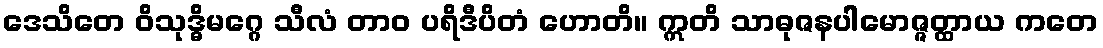
ဒေသိတေ ဝိသုဒ္ဓိမဂ္ဂေ သီလံ တာဝ ပရိဒီပိတံ ဟောတိ။ ဣတိ သာဓုဇနပါမောဇ္ဇတ္ထာယ ကတေ